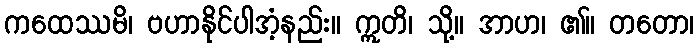
ကထေဿမိ၊ ဗဟာနိုင်ပါအံ့နည်း။ ဣတိ၊ သို့။ အာဟ၊ ၏။ တတော၊